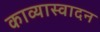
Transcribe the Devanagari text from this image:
काव्यास्वादन